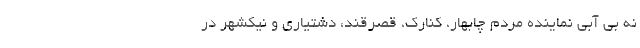
نه بی آبی نماینده مردم چابهار، کنارک، قصرقند، دشتیاری و نیکشهر در